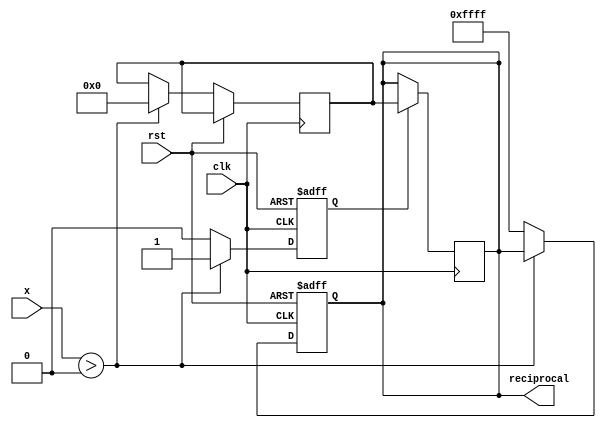
module polynomial_reciprocal (
    input wire [15:0] x,            // Input value (fixed-point format)
    output reg [15:0] reciprocal,    // Output reciprocal (fixed-point format)
    input wire clk,
    input wire rst
);

    // Polynomial coefficients for approximation (example values)
    // These coefficients are for a specific polynomial approximation
    parameter C0 = 16'hFFFF; // Example coefficient for x^0
    parameter C1 = 16'h8000; // Example coefficient for x^1
    parameter C2 = 16'h4000; // Example coefficient for x^2
    parameter C3 = 16'h2000; // Example coefficient for x^3

    // Error value for invalid input
    parameter ERROR_VALUE = 16'hFFFF; // Set to some error value

    // Internal signals
    reg [15:0] x_transformed;
    reg [15:0] result;
    reg valid;

    // Check input range and transform input
    always @(posedge clk or posedge rst) begin
        if (rst) begin
            reciprocal <= 16'h0000;
            valid <= 1'b0;
        end else begin
            // Range check: ensure x > 0
            if (x > 16'h0000) begin
                // Transform input if necessary (e.g., scaling)
                x_transformed <= x; // For simplicity, no transformation here
                
                // Polynomial evaluation using Horner's method
                result <= C0;
                result <= result + (C1 * x_transformed) >> 15; // Scale down
                result <= result + (C2 * x_transformed * x_transformed) >> 30; // Scale down
                result <= result + (C3 * x_transformed * x_transformed * x_transformed) >> 45; // Scale down
                
                // Set valid flag
                valid <= 1'b1;
            end else begin
                // Invalid input, set error value
                reciprocal <= ERROR_VALUE;
                valid <= 1'b0;
            end
        end
    end

    // Output assignment
    always @(posedge clk) begin
        if (valid) begin
            reciprocal <= result; // Output the computed reciprocal
        end
    end

endmodule